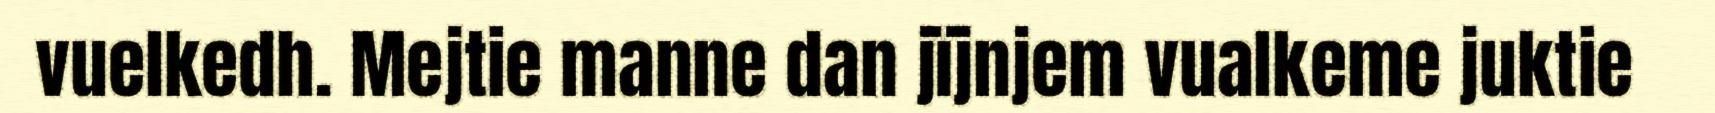
vuelkedh. Mejtie manne dan jïjnjem vualkeme juktie